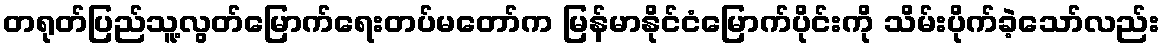
တရုတ်ပြည်သူ့လွတ်မြောက်ရေးတပ်မတော်က မြန်မာနိုင်ငံမြောက်ပိုင်းကို သိမ်းပိုက်ခဲ့သော်လည်း